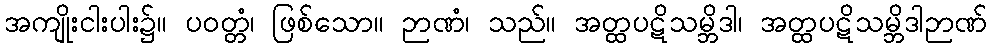
အကျိုးငါးပါး၌။ ပဝတ္တံ၊ ဖြစ်သော။ ဉာဏံ၊ သည်။ အတ္ထပဋိသမ္ဘိဒါ၊ အတ္ထပဋိသမ္ဘိဒါဉာဏ်